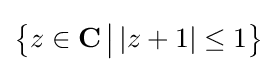
{\bigl \{}z\in \mathbf {C} \,{\big |}\,|z+1|\leq 1{\bigr \}}